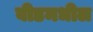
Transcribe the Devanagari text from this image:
बीडमधील